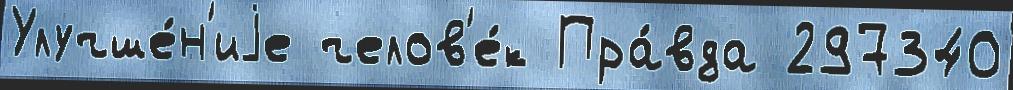
Улучше́н'иjе челов'е́к Пра́вда 297340